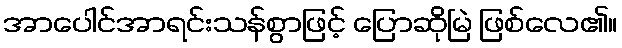
အာပေါင်အာရင်းသန်စွာဖြင့် ပြောဆိုမြဲ ဖြစ်လေ၏။